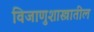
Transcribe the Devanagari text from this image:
विजाणुशास्त्रातील